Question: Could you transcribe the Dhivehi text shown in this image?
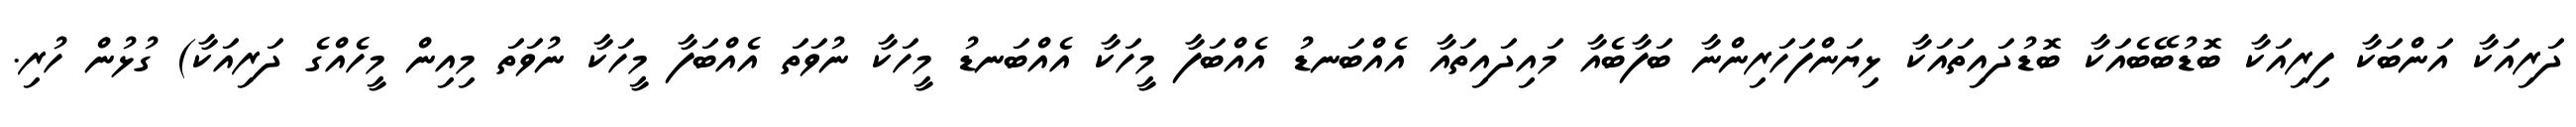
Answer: ދަރިއަކާ އަންބަކާ ފިރިއަކާ ބޮޑުބޭބެއަކާ ބޮޑުދައިތައަކާ ޅިޔަންފަހަރިންނާ ބަފާބެއާ މައިދައިތައާ އެއްބަނޑު އެއްބަފާ މީހަކާ އެއްބަނޑު މީހަކާ ނުވަތަ އެއްބަފާ މީހަކާ ނުވަތަ މިއިން މީހެއްގެ ދަރިއަކާ) ގުޅުން ހުރި.